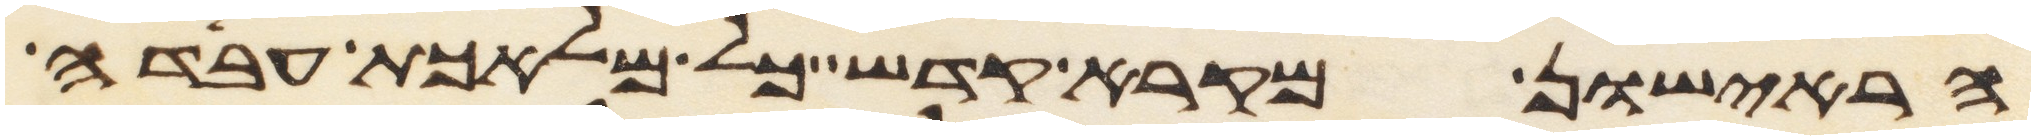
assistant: הראישון מקרא קדש כל מלאכת עבדה